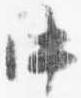
中